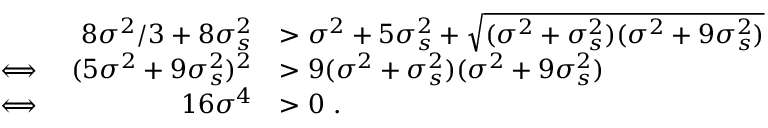
\begin{array} { r l r l } & { \ } & { 8 \sigma ^ { 2 } / 3 + 8 \sigma _ { s } ^ { 2 } } & { > \sigma ^ { 2 } + 5 \sigma _ { s } ^ { 2 } + \sqrt { ( \sigma ^ { 2 } + \sigma _ { s } ^ { 2 } ) ( \sigma ^ { 2 } + 9 \sigma _ { s } ^ { 2 } ) } } \\ & { \iff } & { ( 5 \sigma ^ { 2 } + 9 \sigma _ { s } ^ { 2 } ) ^ { 2 } } & { > 9 ( \sigma ^ { 2 } + \sigma _ { s } ^ { 2 } ) ( \sigma ^ { 2 } + 9 \sigma _ { s } ^ { 2 } ) } \\ & { \iff } & { 1 6 \sigma ^ { 4 } } & { > 0 \ . } \end{array}